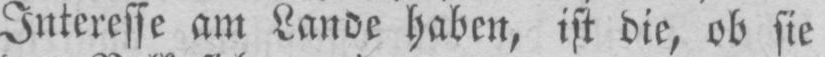
Interesse am Lande haben, ist die, ob sie